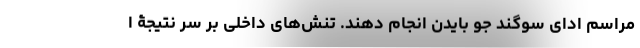
مراسم ادای سوگند جو بایدن انجام دهند. تنش‌های داخلی بر سر نتیجۀ ا